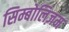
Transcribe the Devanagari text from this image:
सिम्बोलिज़म